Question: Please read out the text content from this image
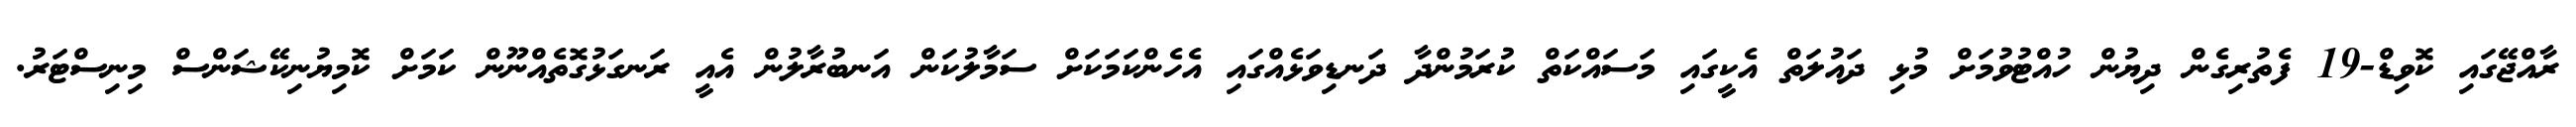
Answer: ރާއްޖޭގައި ކޮވިޑް-19 ފެތުރިގެން ދިޔުން ހުއްޓުވުމަށް މުޅި ދައުލަތް އެކީގައި މަސައްކަތް ކުރަމުންދާ ދަނޑިވަޅެއްގައި އެހެންކަމަކަށް ސަމާލުކަން އަނބުރާލުން އެއީ ރަނގަޅުގޮތެއްނޫން ކަމަށް ކޮމިޔުނިކޭޝަންސް މިނިސްޓަރު.